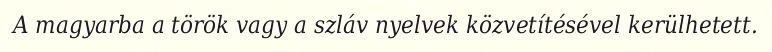
A magyarba a török vagy a szláv nyelvek közvetítésével kerülhetett.